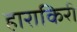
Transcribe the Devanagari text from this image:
हाराकिरी